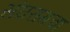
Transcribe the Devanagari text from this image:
संघरामचा